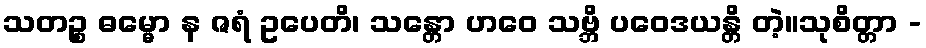
သတဉ္စ ဓမ္မော န ဇရံ ဥပေတိ၊ သန္တော ဟဝေ သဗ္ဘိ ပဝေဒယန္တိ တဲ့။သုစိတ္တာ -